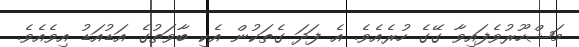
މަޝްހޫރުވެފައިވާ ގޭގެ ހުރެއެވެ. އެ ފަދަ ގެތަކުން އެކި ބާވަތުގެ އަޑުއަޑު އިވެއެވެ.